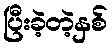
ပြီးခဲ့တဲ့နှစ်